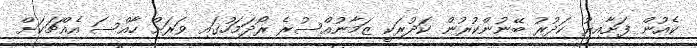
ކެއުން ފަށާއިރު ކަދުރު ބޭނުންކުރުން ކަދުރަކީ ޒަމާނުއްސުރެ ރޯދަމަހުގައި ވަރަށް ހާއްސަ އެއްޗަކަށް